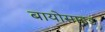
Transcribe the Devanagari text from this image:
बायोसाइड